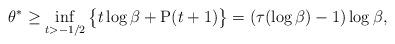
LaTeX: \begin{align*}\theta^{\ast} \geq \inf_{t>-1/2} \big\{t\log\beta + \mathrm{P}(t+1)\big\} = (\tau(\log \beta) -1)\log \beta,\end{align*}